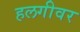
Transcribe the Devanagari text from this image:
हलगीवर